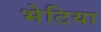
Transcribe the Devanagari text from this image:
भेटिया